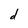
Character: d